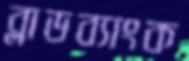
ব্লাডব্যাংক